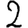
Digit: 2